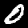
Label: 0